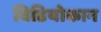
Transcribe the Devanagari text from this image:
विडियोकान